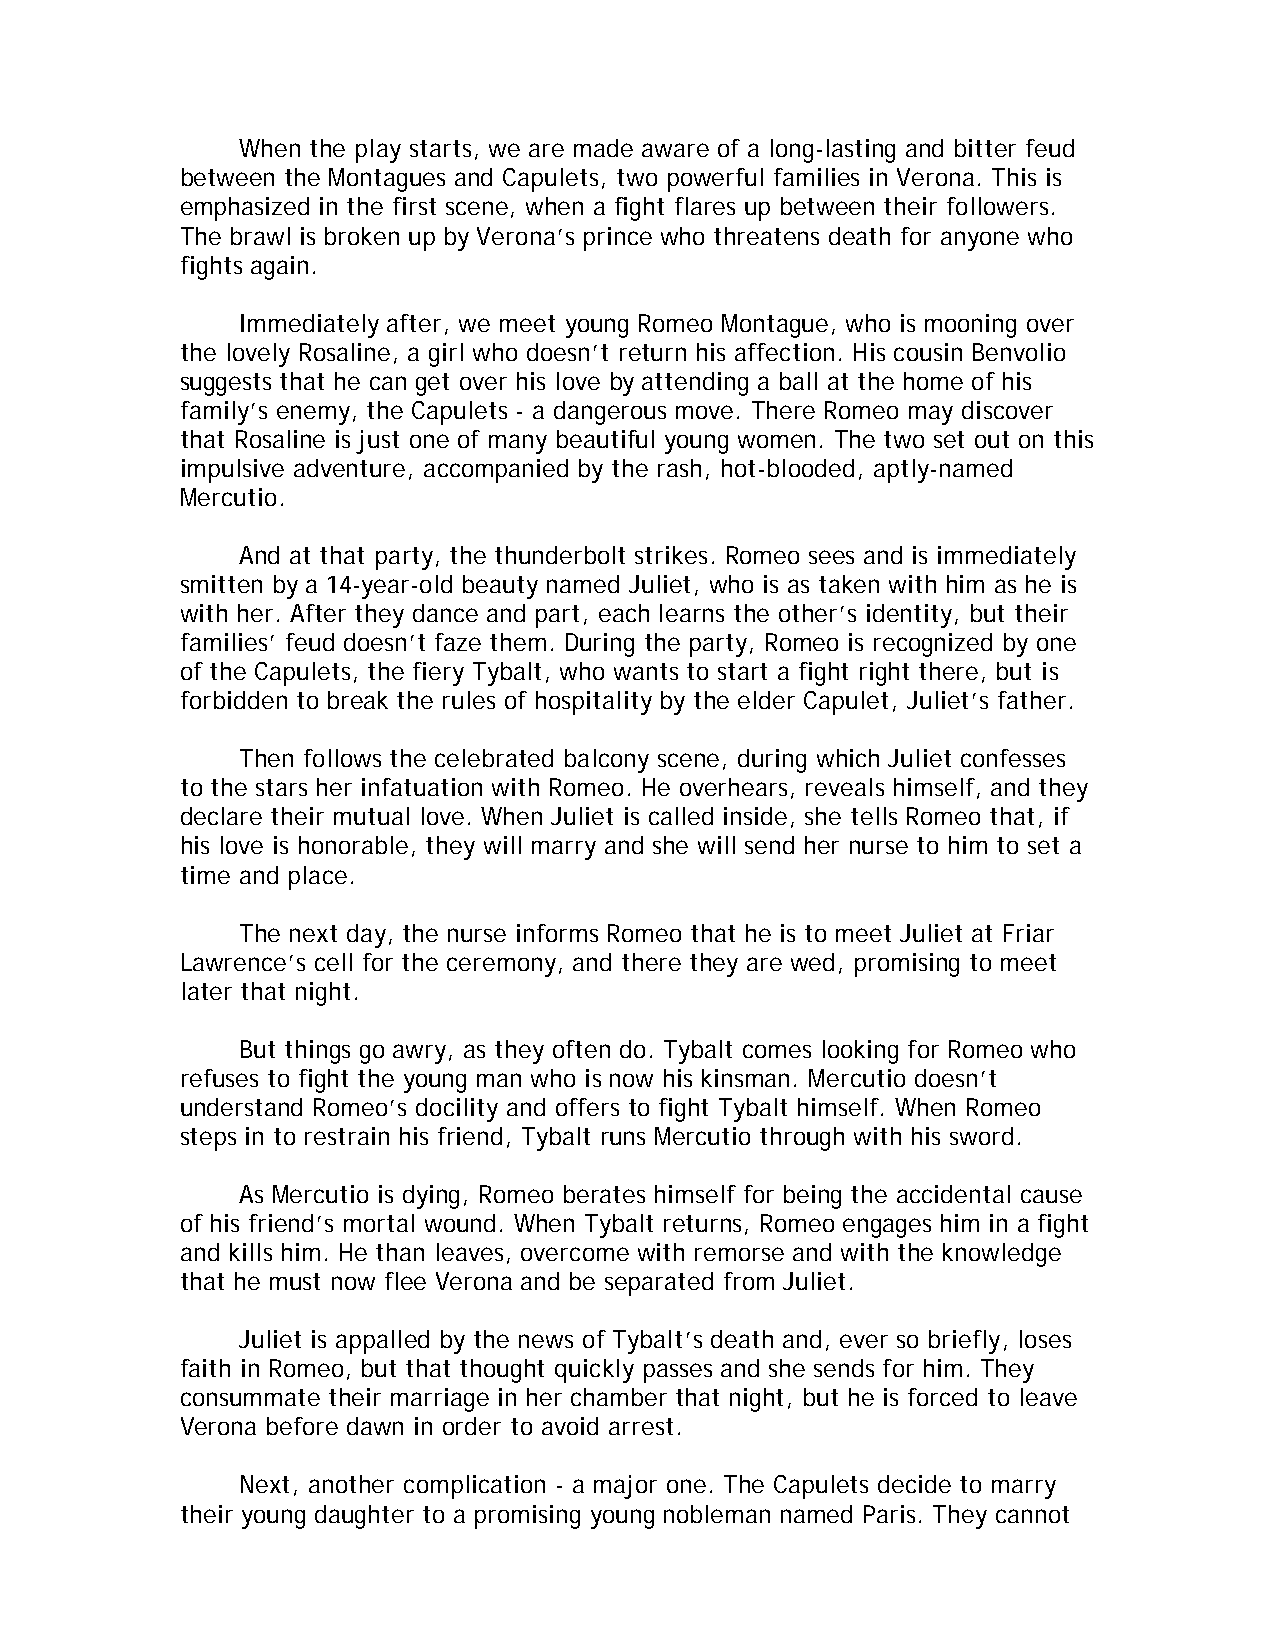
When the play starts, we are made aware of a long-lasting and bitter feud
 between the Montagues and Capulets, two powerful families in Verona. This is
 emphasized in the first scene, when a fight flares up between their followers.
 The brawl is broken up by Verona’s prince who threatens death for anyone who
 fights again.
 Immediately after, we meet young Romeo Montague, who is mooning over
 the lovely Rosaline, a girl who doesn’t return his affection. His cousin Benvolio
 suggests that he can get over his love by attending a ball at the home of his
 family’s enemy, the Capulets - a dangerous move. There Romeo may discover
 that Rosaline is just one of many beautiful young women. The two set out on this
 impulsive adventure, accompanied by the rash, hot-blooded, aptly-named
 Mercutio.
 And at that party, the thunderbolt strikes. Romeo sees and is immediately
 smitten by a 14-year-old beauty named Juliet, who is as taken with him as he is
 with her. After they dance and part, each learns the other’s identity, but their
 families’ feud doesn’t faze them. During the party, Romeo is recognized by one
 of the Capulets, the fiery Tybalt, who wants to start a fight right there, but is
 forbidden to break the rules of hospitality by the elder Capulet, Juliet’s father.
 Then follows the celebrated balcony scene, during which Juliet confesses
 to the stars her infatuation with Romeo. He overhears, reveals himself, and they
 declare their mutual love. When Juliet is called inside, she tells Romeo that, if
 his love is honorable, they will marry and she will send her nurse to him to set a
 time and place.
 The next day, the nurse informs Romeo that he is to meet Juliet at Friar
 Lawrence’s cell for the ceremony, and there they are wed, promising to meet
 later that night.
 But things go awry, as they often do. Tybalt comes looking for Romeo who
 refuses to fight the young man who is now his kinsman. Mercutio doesn’t
 understand Romeo’s docility and offers to fight Tybalt himself. When Romeo
 steps in to restrain his friend, Tybalt runs Mercutio through with his sword.
 As Mercutio is dying, Romeo berates himself for being the accidental cause
 of his friend’s mortal wound. When Tybalt returns, Romeo engages him in a fight
 and kills him. He than leaves, overcome with remorse and with the knowledge
 that he must now flee Verona and be separated from Juliet.
 Juliet is appalled by the news of Tybalt’s death and, ever so briefly, loses
 faith in Romeo, but that thought quickly passes and she sends for him. They
 consummate their marriage in her chamber that night, but he is forced to leave
 Verona before dawn in order to avoid arrest.
 Next, another complication - a major one. The Capulets decide to marry
 their young daughter to a promising young nobleman named Paris. They cannot